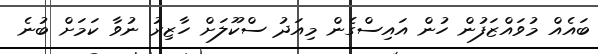
ބައެއް މުވައްޒަފުން ހުން އައިސްގެން މިއަދު ސްކޫލަށް ހާޒިރު ނުވާ ކަމަށް ބުނެ